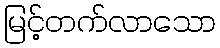
မြင့်တက်လာသော